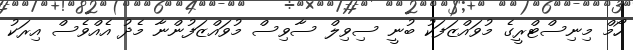
ހޯމް މިނިސްޓްރީގެ މުވައްޒަފަކު ބުނީ ސިވިލް ސާވިސް މުވައްޒަފުންނާ މެދު އެއްވެސް އިރަކު